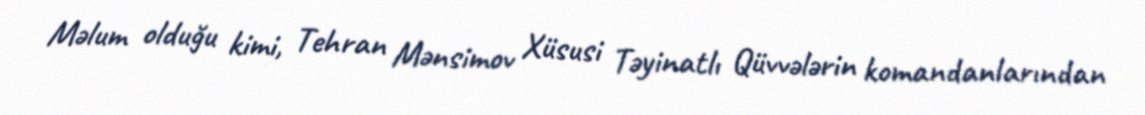
Məlum olduğu kimi, Tehran Mənsimov Xüsusi Təyinatlı Qüvvələrin komandanlarından